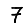
Digit: 7